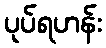
ပုပ်ရဟန်း